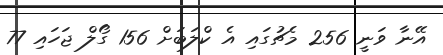
އޭނާ ވަނީ 256 މެޗުގައި އެ ކްލަބަށް 156 ގޯލް ޖަހައި 77